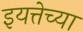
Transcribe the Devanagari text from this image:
इयत्तेच्या